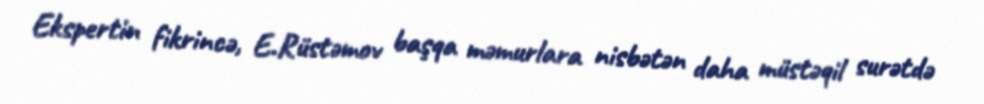
Ekspertin fikrincə, E.Rüstəmov başqa məmurlara nisbətən daha müstəqil surətdə